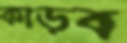
কাড়ব